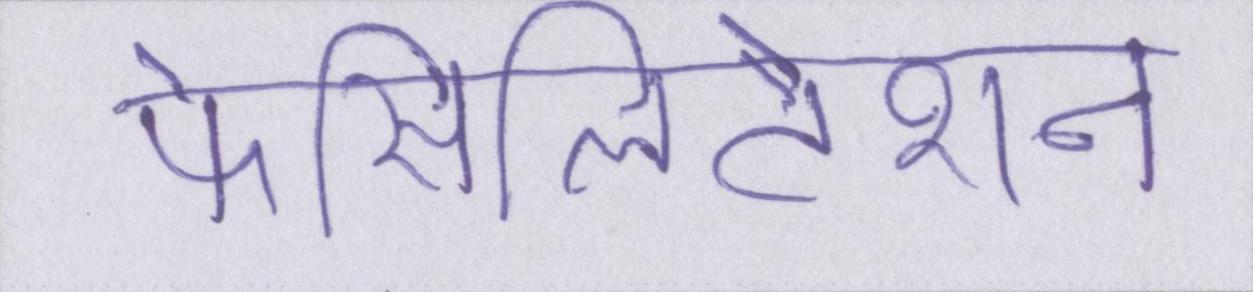
फेसिलिटेशन